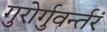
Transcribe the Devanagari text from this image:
गुरोर्गुवर्न्तरं